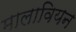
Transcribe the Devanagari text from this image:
मालावियन